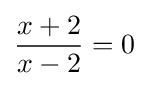
{\frac {x+2}{x-2}}=0